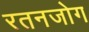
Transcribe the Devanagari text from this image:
रतनजोग